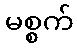
မစ္စက်